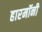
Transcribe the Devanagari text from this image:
हारमॉनी